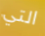
التي